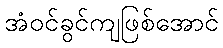
အံဝင်ခွင်ကျဖြစ်အောင်